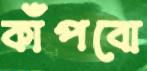
কাঁপবো